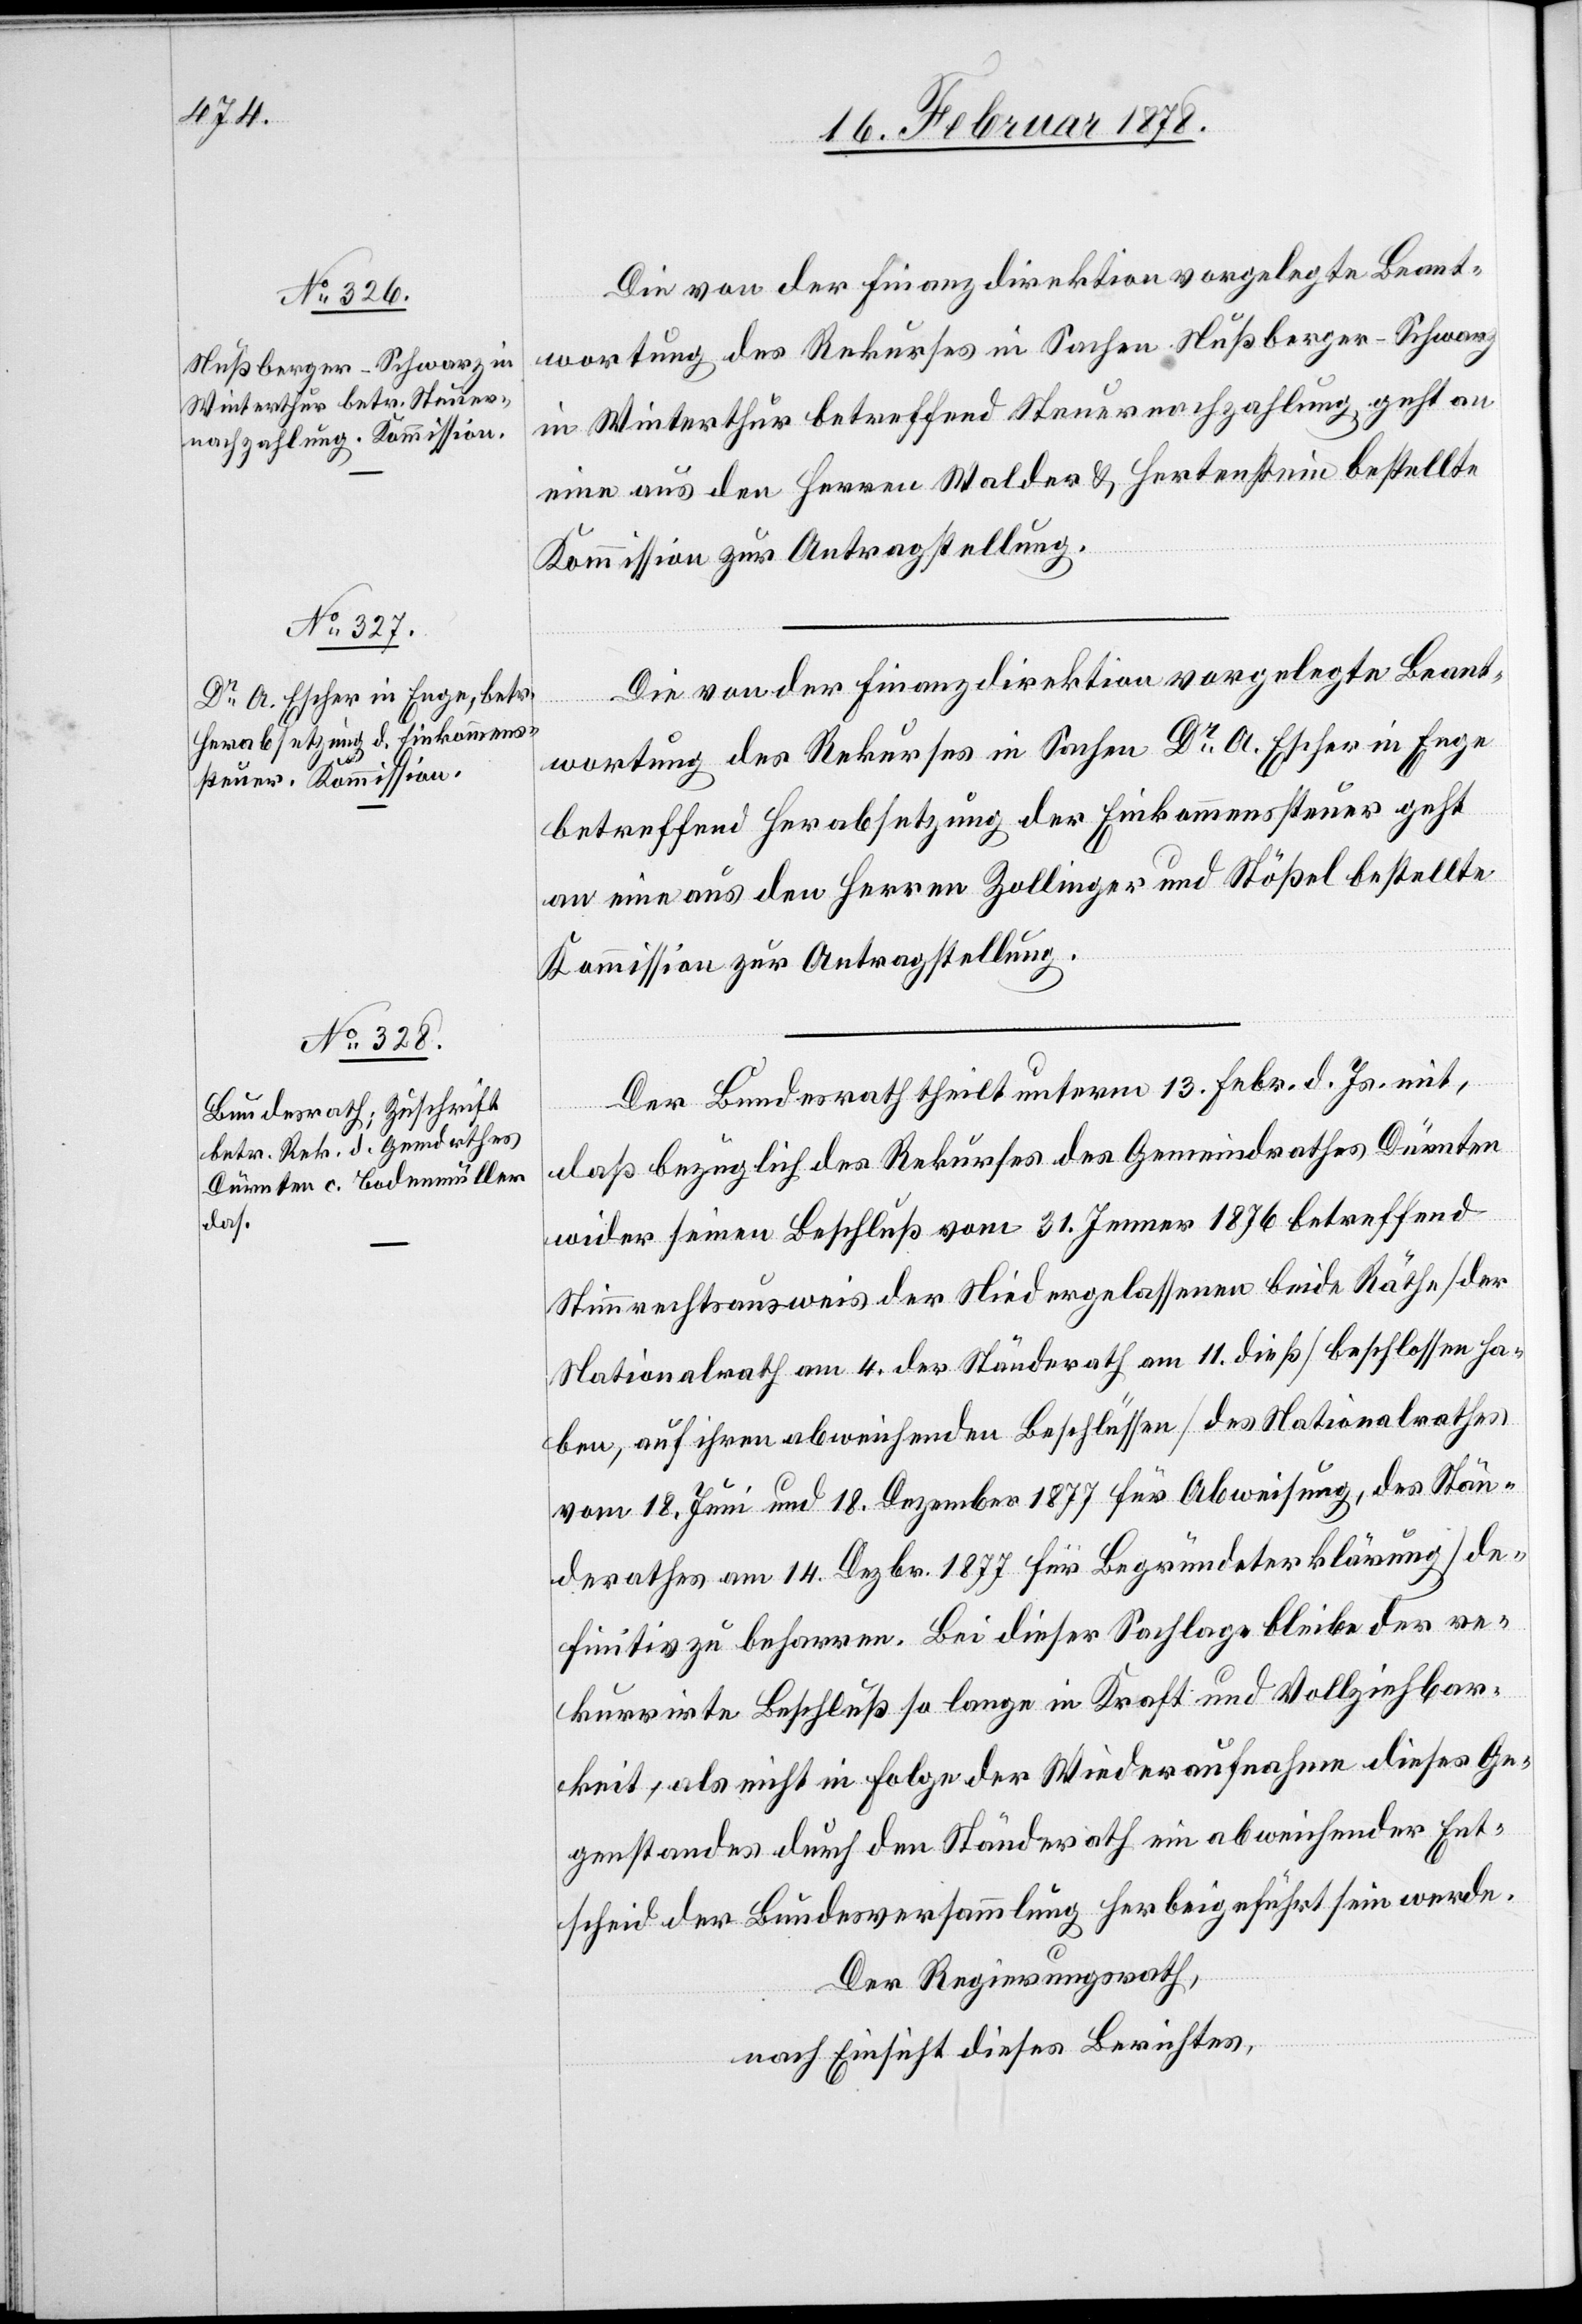
Die von der Finanzdirektion vorgelegte Beant¬
wortung des Rekurses in Sachen Nußberger-Schwarz
in Winterthur betreffend Steuernachzahlung, geht an
eine aus den Herren Walder & Hertenstein bestellte
Kommission zur Antragstellung.
Die von der Finanzdirektion vorgelegte Beant¬
wortung des Rekurses in Sachen Dr A. Escher in Enge
betreffend Herabsetzung der Einkommenssteuer geht
an eine aus den Herren Zollinger und Stößel bestellte
Kommission zur Antragstellung.
Der Bundesrath theilt unterm 13. Febr. d. Js. mit,
daß bezüglich des Rekurses des Gemeindrathes Dürnten
wider seinen Beschluß vom 31. Jenner 1876 betreffend
Stimmrechtsausweis der Niedergelassenen beide Räthe (der
Nationalrath am 4., der Ständerath am 11. dieß) beschlossen ha¬
ben, auf ihren abweichenden Beschlüssen (des Nationalrathes
vom 18. Juni und 18. Dezember 1877 für Abweisung, des Stän¬
derathes am 14. Dezbr. 1877 für Begründeterklärung) de¬
finitiv zu beharren. Bei dieser Sachlage bleibe der re¬
kurrirte Beschluß so lange in Kraft und Vollziehbar¬
keit, als nicht in Folge der Wiederaufnahme dieses Ge¬
genstandes durch den Ständerath ein abweichender Ent¬
scheid der Bundesversammlung herbeigeführt sein werde.
Der Regierungsrath,
nach Einsicht dieses Berichtes,